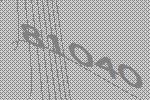
81040